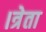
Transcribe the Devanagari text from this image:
।त्रेता